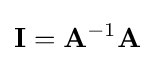
\mathbf {I} =\mathbf {A} ^{-1}\mathbf {A}